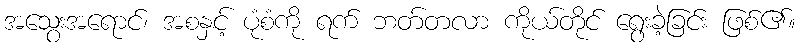
အသွေးအရောင်၊ အစနှင့် ပုံစံကို ရက် ဘတ်တလာ ကိုယ်တိုင် ရွေးခဲ့ခြင်း ဖြစ်၏။